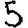
Digit: 5